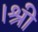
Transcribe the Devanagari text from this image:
।श्री